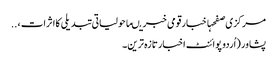
مرکزی صفحہاخبارقومی خبریںماحولیاتی تبدیلی کاا ثرات ، ..
پشاور (اُردو پوائنٹ اخبارتازہ ترین۔